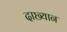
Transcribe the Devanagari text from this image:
दाछ्यान